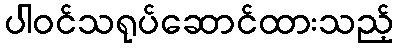
ပါဝင်သရုပ်ဆောင်ထားသည့်